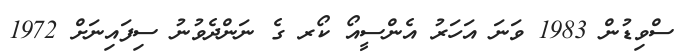
ސްވިޑުން 1983 ވަނަ އަހަރު އެންސީއޯ ކޯރ ގެ ނަންދެވުނު ސިފައިނަށް 1972